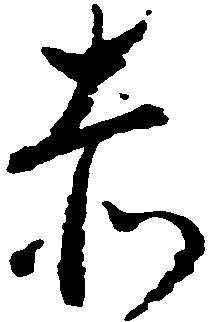
赤